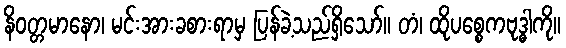
နိဝတ္တမာနော၊ မင်းအားခစားရာမှ ပြန်ခဲ့သည်ရှိသော်။ တံ၊ ထိုပစ္စေကဗုဒ္ဓါကို။